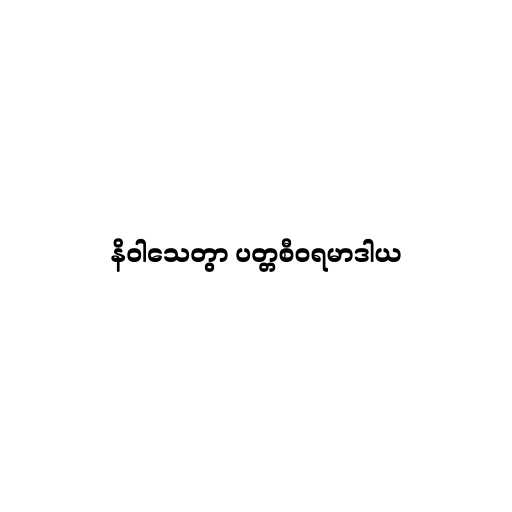
နိဝါသေတွာ ပတ္တစီဝရမာဒါယ